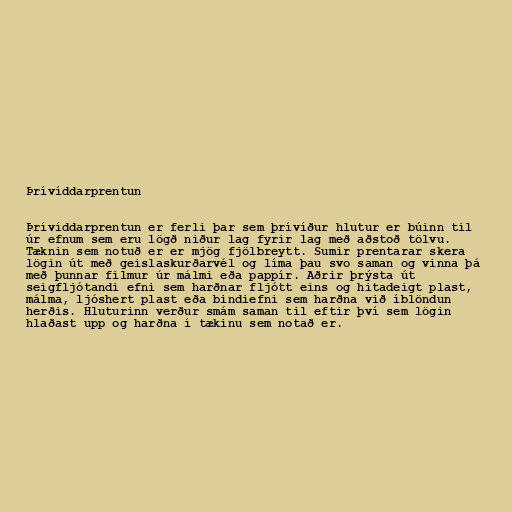
Þrívíddarprentun

Þrívíddarprentun er ferli þar sem þrívíður hlutur er búinn til
úr efnum sem eru lögð niður lag fyrir lag með aðstoð tölvu.
Tæknin sem notuð er er mjög fjölbreytt. Sumir prentarar skera
lögin út með geislaskurðarvél og líma þau svo saman og vinna þá
með þunnar filmur úr málmi eða pappír. Aðrir þrýsta út
seigfljótandi efni sem harðnar fljótt eins og hitadeigt plast,
málma, ljóshert plast eða bindiefni sem harðna við íblöndun
herðis. Hluturinn verður smám saman til eftir því sem lögin
hlaðast upp og harðna í tækinu sem notað er.